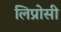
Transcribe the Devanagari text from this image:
लिप्रोसी